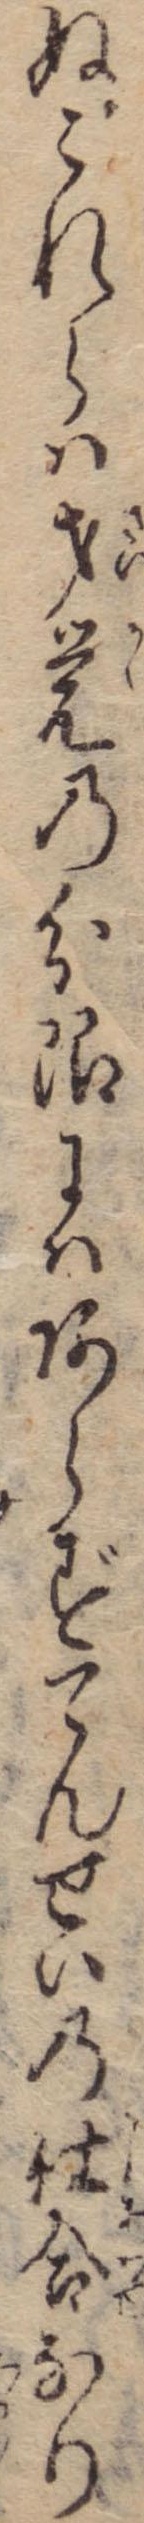
ぬこれらは才覚の分限にはあらずてんせいの仕合なり